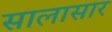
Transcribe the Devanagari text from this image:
सालासार